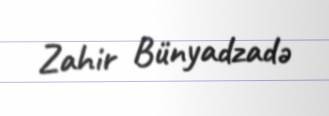
Zahir Bünyadzadə